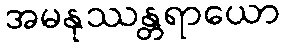
အမနုဿန္တရာယော